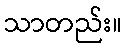
သာတည်း။